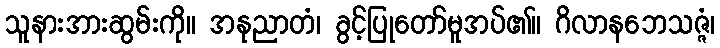
သူနားအားဆွမ်းကို။ အနုညာတံ၊ ခွင့်ပြုတော်မူအပ်၏။ ဂိလာနဘေသဇ္ဇံ၊